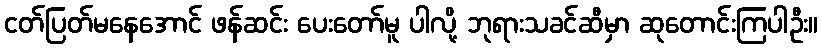
ငတ်ပြတ်မနေအောင် ဖန်ဆင်း ပေးတော်မူ ပါလို့ ဘုရားသခင်ဆီမှာ ဆုတောင်းကြပါဦး။